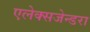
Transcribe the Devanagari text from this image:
एलेक्सजेन्डरा